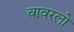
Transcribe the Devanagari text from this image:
वावरलो